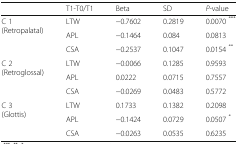
|  | T1-T0/T1 | Beta | SD | P-value |
 | --- | --- | --- | --- | --- |
 | <ROWSPAN=3> C 1(Retropalatal) | LTW | −0.7602 | 0.2819 | 0.0070 *** |
 | APL | −0.1464 | 0.084 | 0.0813 |
 | CSA | −0.2537 | 0.1047 | 0.0154 ** |
 | <ROWSPAN=3> C 2(Retroglossal) | LTW | −0.0066 | 0.1285 | 0.9593 |
 | APL | 0.0222 | 0.0715 | 0.7557 |
 | CSA | −0.0269 | 0.0483 | 0.5772 |
 | <ROWSPAN=3> C 3(Glottis) | LTW | 0.1733 | 0.1382 | 0.2098 |
 | APL | −0.1424 | 0.0729 | 0.0507 * |
 | CSA | −0.0263 | 0.0535 | 0.6235 |